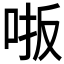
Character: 𫩾